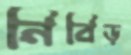
নিবিড়